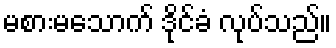
မစားမသောက် ဒိုင်ခံ လုပ်သည်။